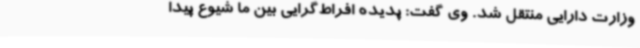
وزارت دارایی منتقل شد. وی گفت: پدیده افراط‌گرایی بین ما شیوع پیدا